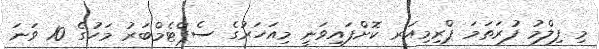
މި ފިލްމު ފުރަތަމަ ޕްރިމިއަރ ކޮށްފައިވަނީ މިއަހަރުގެ ސެޕްޓެމްބަރު މަހުގެ 10 ވަނަ